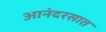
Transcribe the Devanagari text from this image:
आनंदरसात